Civil Veterinary Dept. Assam report 1927-50 - 1927-1950
Year: 1927
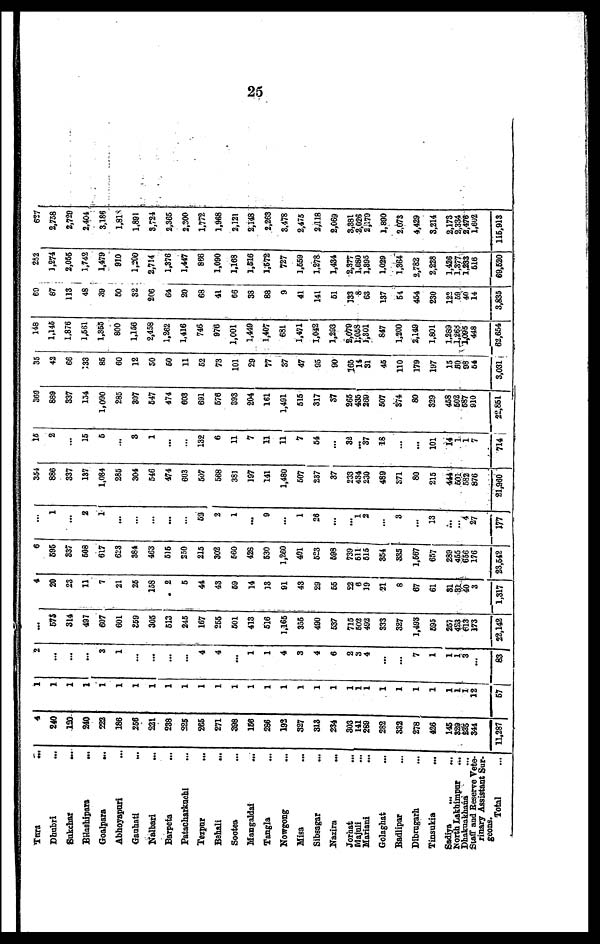
25
Tura ...
Dhubri ...
Sukchar ...
Bilashipara
...
Goalpara
...
Abhoyapuri ...
Gauhati
...
Nalbari ...
Barpeta ...
Patacharkuchi ...
Tezpur
...
Behali ...
Sootea ...
Mangaldai
...
Tangla ...
Nowgong ...
Misa ...
Sibsagar ...
Nazira
...
Jorhat ...
Majuli ...
Mariani ...
Golaghat ...
Badlipar ...
Dibrugarh ...
Tinsukia ...
Sadiya ...
North Lakhimpur
...
Dhakuakhana ...
Staff and Reserve Vete-
rinary Assistant Sur-
geons.
Total ...
4
240
120
240
222
186
256
221
238
225
265
271
398
156
286
192
827
313
234
303
141
289
282
332
278
426
145
329
235
344
11,287
1
1
1
1
1
1
1
1
1
1
1
1
1
1
1
1
1
1
1
1
1
1
1
1
1
1
1
1
1 12
67
2
...
...
...
3
1
...
...
...
...
4
4
...
1
1
4
3
4
6
2
3
4
...
...
7
1
1
1
3
...
83
...
573
314
497
607
601
359
305
613
245
167
255
601
413
516
1,165
355
490
637
715
502
492
333
327
1,493
595
257
423
613
173
22,142
4
20
23
11
7
21
25
158
2
5
44
43
59
14
13
91
43
29
55
22
6
19
21
8
67
61
31
81
40
3
1,317
6
595
337
608
617
623
384
463
515
250
215
302
560
428
530
1,260
401
523
698
739
511
615
354
335
1,567
657
289
465
656
176
23,542
...
1
...
2
1
...
...
...
...
...
62
2
1
...
9
...
1
26
...
...
1
2
...
3
...
13
...
... 4
27
177
354
886
337
137
1,084
285
304
546
474
603
607
568
381
197
141
1,480
507
237
37
233
434
230
489
371
80
215
444
601
582
876
21,980
16
2
...
15
5
...
3
1
...
...
132
6
11
7
11
11
7
54
...
32
... 37
18
...
...
101
14
1
1
7
714
369
889
337
154
1,090
285
307
647
474
603
691
676
893
204
161
1,491
515
317
37
265
435
269
507
374
80
829
468
602
587
910
22,851
35
42
66
133
85
60
12
50
50
11
52
73
101
29
77
37
47
95
90
165
14
31
45
110
179
197
15
50
98
64
3,031
148
1,145
1,876
1,561
1,365
800
1,156
2,458
1,262
1,416
746
976
1,001
1,449
1,407
681
1,471
1,042
1,293
2,079
1,058
1,301
847
1,200
2,149
1,801
1,289
1,268
1,095
448
62,664
60
87
113
48
39
50
32
206
64
20
68
41
66
38
88
9
41
141
51
133
8
63
137
64
454
230
122
59
40
14
3,835
252
1,274
2,055
1,742
1,479
910
1,200
2,714
1,376
1,447
866
1,090
1,168
1,516
1,572
727
1,559
1,278
1,434
2,377
1,080
1,395
1,029
1,364
2,782
2,228
1,426
1,377
1,233
616
69,520
627
2,758
2,729
2,404
3,186
1,818
1,891
3,724
2,365
2,300
1,772
1,968
2,121
2,148
2,263
3,478
2,476
2,118
2,069
3,381
2,026
2,179
1,890
2,073
4,429
3,214
2,173
2,334
2,476
1,602
115,918